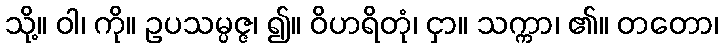
သို့။ ဝါ၊ ကို။ ဥပသမ္ပဇ္ဇ၊ ၍။ ဝိဟရိတုံ၊ ငှာ။ သက္ကာ၊ ၏။ တတော၊